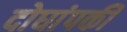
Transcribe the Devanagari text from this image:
दोघांपकी